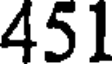
451